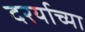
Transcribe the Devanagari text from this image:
दरर्याच्या